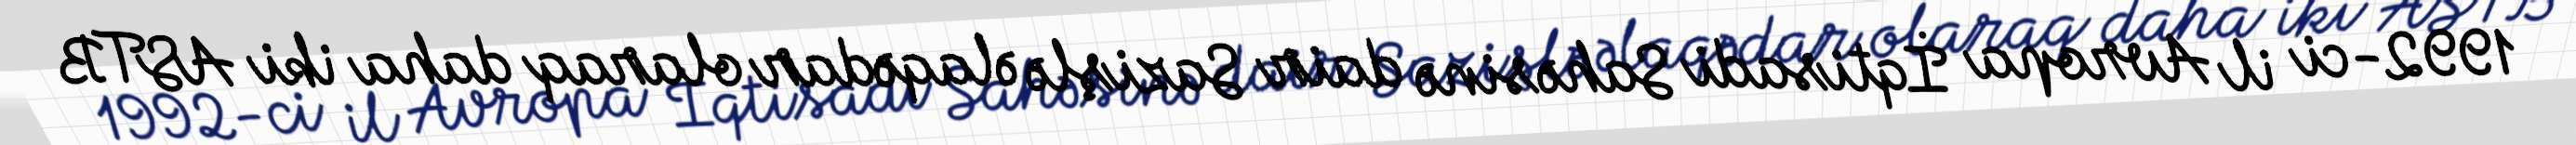
1992-ci il Avropa İqtisadi Sahəsinə dair Sazişlə əlaqədar olaraq daha iki ASTB